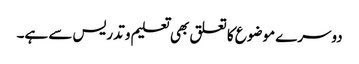
دوسرے موضوع کا تعلق بھی تعلیم و تدریس سے ہے۔